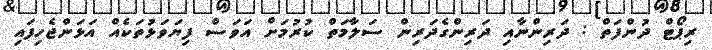
ރިޕޯޓް ދުންފަތް : ދަރިންނާއި ދަރިންގެދަރިން ސަލާމަތް ކުރުމަށް އަވަސް ފިޔަވަޅުތަކެއް އަޅަންޖެހިފައި